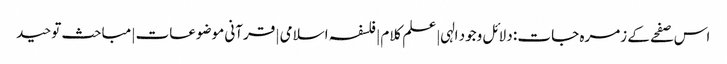
اس صفحے کے زمرہ جات : دلائل وجود الہی | علم کلام | فلسفہ اسلامی | قرآنی موضوعات | مباحث توحید